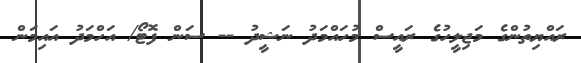
ރައްޔިތުންގެ މަޖިލީހުގެ ރައީސް މުހައްމަދު ނަޝީދު -- ސަން ފޮޓޯ/ އަހްމަދު އައިމަން